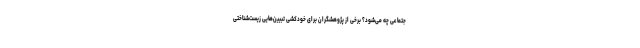
جتماعی چه می‌شود؟ برخی از پژوهشگران برای خودکشی تبیین‌هایی زیست‌شناختی